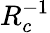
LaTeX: R_{c}^{-1}